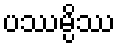
ပဿမ္ပိဿ